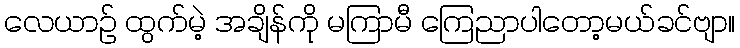
လေယာဉ် ထွက်မဲ့ အချိန်ကို မကြာမီ ကြေညာပါတော့မယ်ခင်ဗျာ။